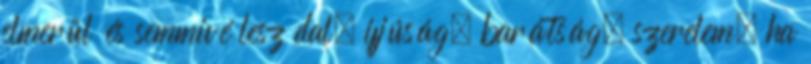
elmerül és semmivé lesz dal, ifjúság, barátság, szerelem, ha